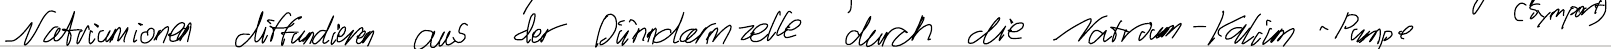
Natriumionen diffundieren aus der Dünndarmzelle durch die Natrium-Kalium-Pumpe